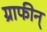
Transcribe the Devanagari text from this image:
ग्राफीन्